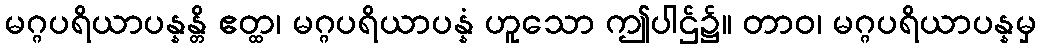
မဂ္ဂပရိယာပန္နန္တိ ဧတ္ထ၊ မဂ္ဂပရိယာပန္နံ ဟူသော ဤပါဌ်၌။ တာဝ၊ မဂ္ဂပရိယာပန္နမှ